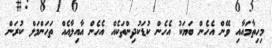
މިހިތާމައާއި ވޭން އެހެން ބަޔަކު އެހެން ކުޑަކުދިންތަކެއް އެހެން އާއިލާއެއް ތަހަންމަލް ކުރަން